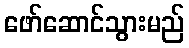
ဖော်ဆောင်သွားမည်